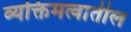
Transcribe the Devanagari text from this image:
व्यक्तिमत्वातील